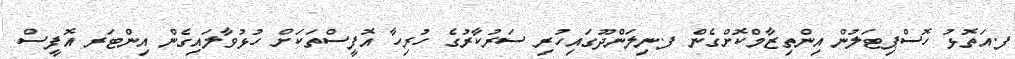
ފ.އަތޮޅު ހޮސްޕިޓަލުން އިންތިޒާމްކޮށްގެން ފ.ނިލަންދޫގައިހުރި ސަރުކާރުގެ ހުރިހާ އޮފީސްތަކަށް ހުޅުވާލައިގެން އިންޓަރ އޮފީސް